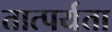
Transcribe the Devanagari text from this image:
तात्पर्यता